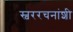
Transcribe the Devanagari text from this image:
स्वररचनांशी